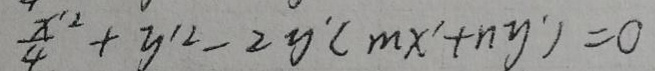
$\frac{x'^{2}}{4}+y'^{2}-2y'(mx'+ny') = 0$